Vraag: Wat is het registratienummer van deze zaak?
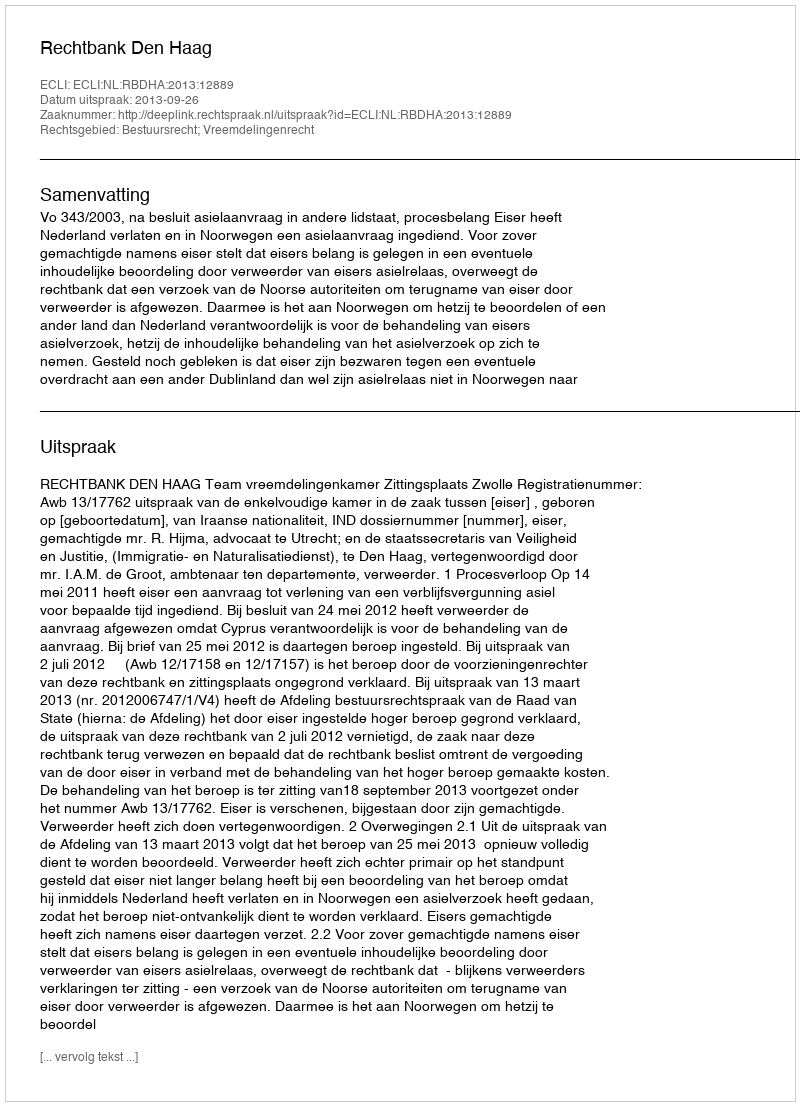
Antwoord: http://deeplink.rechtspraak.nl/uitspraak?id=ECLI:NL:RBDHA:2013:12889